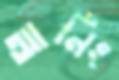
আর্নিং